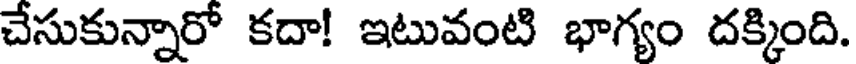
చేసుకున్నారో కదా! ఇటువంటి భాగ్యం దక్కింది.